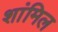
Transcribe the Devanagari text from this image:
शांमिल